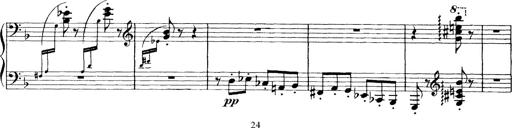
Title: Scherzo und Marsch
Composer: Franz Liszt